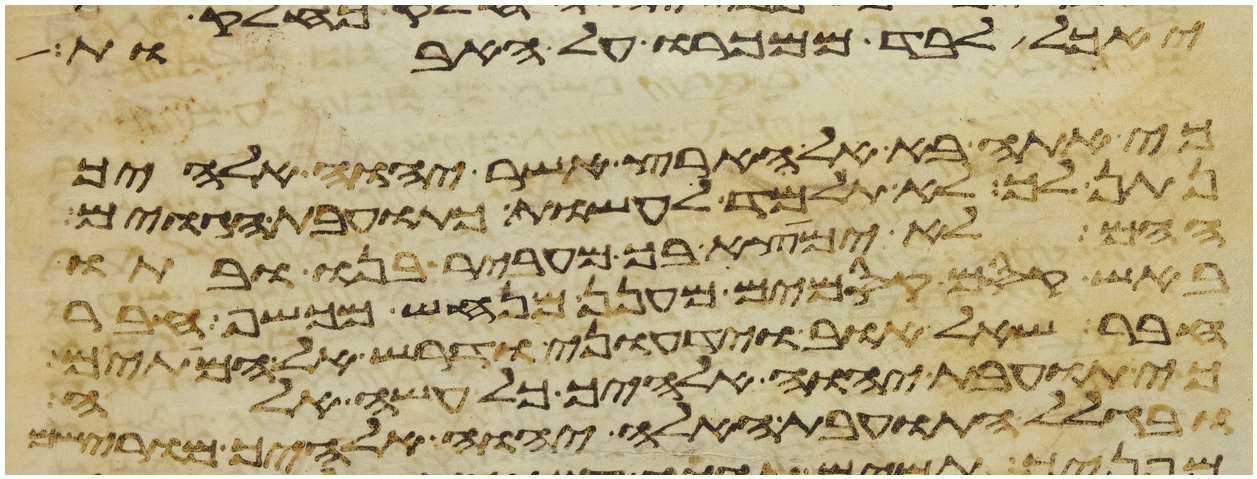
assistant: יאכל לבד ממכרו על האבות
כי אתה בא אל הארץ אשר יהוה אלהיך
נתן לך לא תלמד לעשות כתועבות הגוים
ההם לא ימצא בך מעביר בנו ובתו
באש קסם קסמים מענן מנחש מכשף חבר
חבר שאל אוב או ידעוני ודרש אל המתים
כי תועבת יהוה אלהיך כל עשה אלה
ובגלל התועבות האלה יהוה אלהיך מורישם